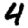
Digit: 4